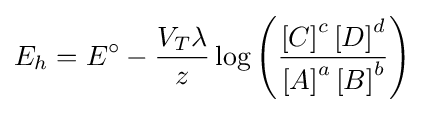
E_{h}={E^{\circ }}-{\frac {V_{T}\lambda }{z}}\log \left({\frac {\left[C\right]^{c}\left[D\right]^{d}}{\left[A\right]^{a}\left[B\right]^{b}}}\right)